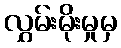
လွှမ်းမိုးမှုမှ